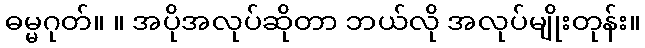
ဓမ္မဂုတ်။ ။ အပိုအလုပ်ဆိုတာ ဘယ်လို အလုပ်မျိုးတုန်း။